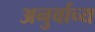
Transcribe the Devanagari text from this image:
अनुर्वाच्य